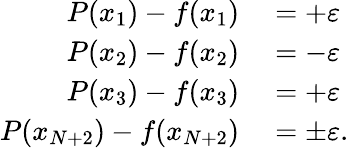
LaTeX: \begin{array}{rl}{P(x_{1})-f(x_{1})}&{{}=+\varepsilon}\\ {P(x_{2})-f(x_{2})}&{{}=-\varepsilon}\\ {P(x_{3})-f(x_{3})}&{{}=+\varepsilon}\\ {P(x_{N+2})-f(x_{N+2})}&{{}=\pm\varepsilon.}\end{array}